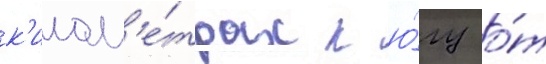
к'илом'е́трах к ю́гу о́т